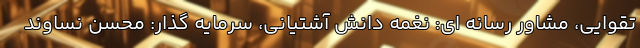
تقوایی، مشاور رسانه ای: نغمه دانش آشتیانی، سرمایه گذار: محسن نساوند